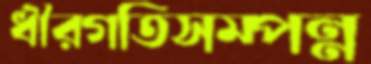
ধীরগতিসম্পন্ন